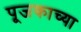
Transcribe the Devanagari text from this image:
पूजकाच्या